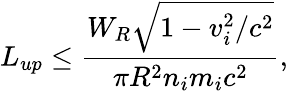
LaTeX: L_{up}\le\frac{W_{R}\sqrt{1-v_{i}^{2}/c^{2}}}{\pi R^{2}n_{i}m_{i}c^{2}},